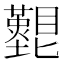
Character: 𥌵